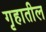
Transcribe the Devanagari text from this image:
गृहातील